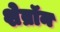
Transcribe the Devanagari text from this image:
शेव्रॉन